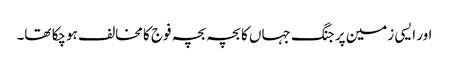
اور ایسی زمین پر جنگ جہاں کا بچہ بچہ فوج کا مخالف ہوچکا تھا۔